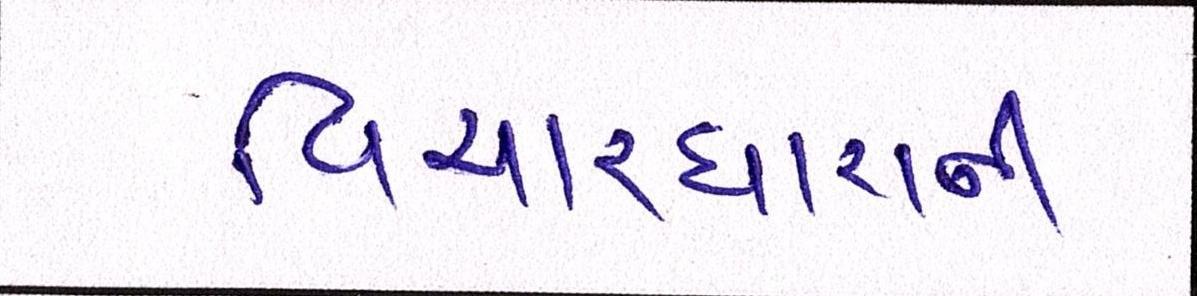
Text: વિચારધારાની